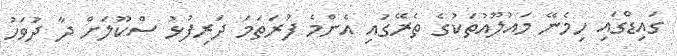
ގައިޑްގައި ހިމެނޭ މައުލޫއުތަކުގެ ތެރޭގައި އެންމެ ފުރަތަމަ ދަރިފުޅު ސްކޫލަށް ދާ ދުވަހު